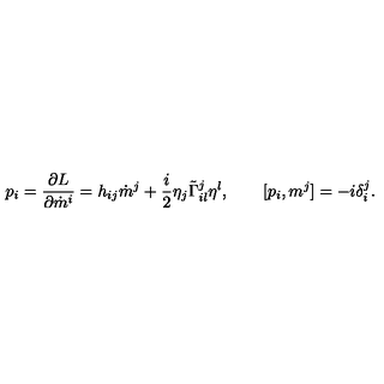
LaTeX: p _ { i } = \frac { \partial L } { \partial \dot { m } ^ { i } } = h _ { i j } \dot { m } ^ { j } + \frac { i } { 2 } \eta _ { j } \tilde { \Gamma } _ { i l } ^ { j } \eta ^ { l } , \qquad [ p _ { i } , m ^ { j } ] = - i \delta _ { i } ^ { j } .